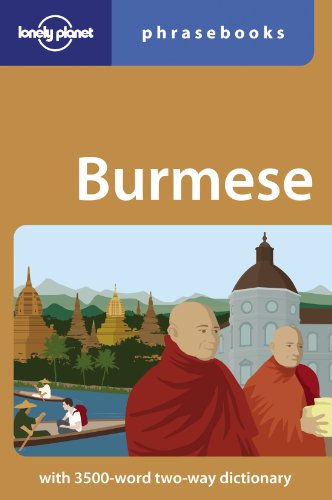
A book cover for Lonely Planet Burmese Phrasebook (Lonely Planet Phrasebook: Burmese); Lonely Planet; Travel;